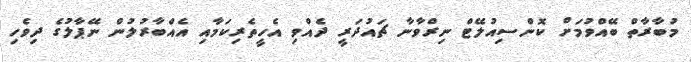
މުބާރާތް ބޭއްވުމަށް ކޮންސިއުލޭޓް ނިރްވާނާ ޗައުދަރީ ދެއްވި އެހީތެރިކަމާއި އެއްބާރުލުން ނޭޕާލުގެ ދިވެހި